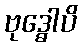
ဗုဒ္ဓေါပိ